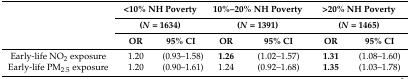
| <ROWSPAN=3>  | <COLSPAN=2> <10% NH Poverty | <COLSPAN=2> 10%–20% NH Poverty | <COLSPAN=2> >20% NH Poverty |
 | <COLSPAN=2> (N = 1634) | <COLSPAN=2> (N = 1391) | <COLSPAN=2> (N = 1465) |
 | OR | 95% CI | OR | 95% CI | OR | 95% CI |
 | --- | --- | --- | --- | --- | --- | --- |
 | Early-life NO2 exposure | 1.20 | (0.93–1.58) | 1.26 | (1.02–1.57) | 1.31 | (1.08–1.60) |
 | Early-life PM2.5 exposure | 1.20 | (0.90–1.61) | 1.24 | (0.92–1.68) | 1.35 | (1.03–1.78) |